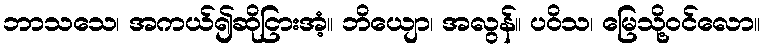
ဘာသသေ၊ အကယ်၍ဆိုငြားအံ့။ ဘိယျော၊ အလွန်။ ပဝိသ၊ မြေသို့ဝင်လော။